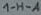
Text: 1 HLA